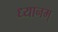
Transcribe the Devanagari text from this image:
ध्यानम्